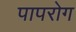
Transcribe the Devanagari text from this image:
पापरोग